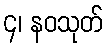
၄၊ နဝသုတ်